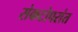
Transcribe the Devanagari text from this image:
संकटोपरांत